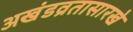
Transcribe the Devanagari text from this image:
अखंडव्रतासारखे